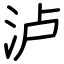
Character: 泸